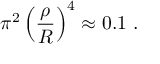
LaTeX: \pi ^ { 2 } \left( \frac { \rho } { R } \right) ^ { 4 } \approx 0 . 1 \ .